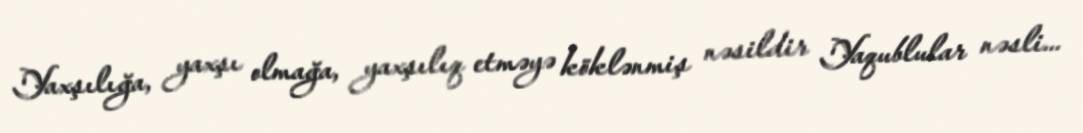
Yaxşılığa, yaxşı olmağa, yaxşılıq etməyə köklənmiş nəsildir Yaqublular nəsli...